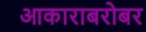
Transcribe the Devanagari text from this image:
आकाराबरोबर